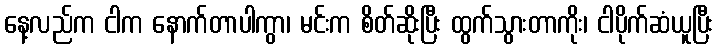
နေ့လည်က ငါက နောက်တာပါကွာ၊ မင်းက စိတ်ဆိုးပြီး ထွက်သွားတာကိုး၊ ငါပိုက်ဆံယူပြီး